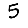
Digit: 5